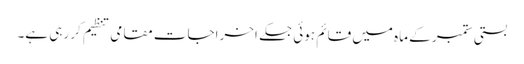
بستی ستمبر کے ماہ میں قائم ہوئی جسکے اخراجات مقامی تنظیم کر رہی ہے۔